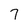
Character: 7